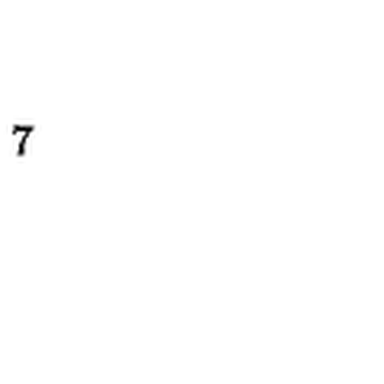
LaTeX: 7